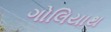
ગોલિયાથ